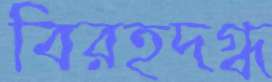
বিরহদগ্ধ